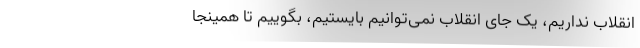
انقلاب نداریم، یک جای انقلاب نمی‌توانیم بایستیم، بگوییم تا همینجا